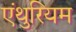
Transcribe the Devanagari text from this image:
एंथुरियम